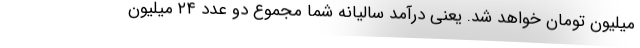
میلیون تومان خواهد شد. یعنی درآمد سالیانه شما مجموع دو عدد ۲۴ میلیون